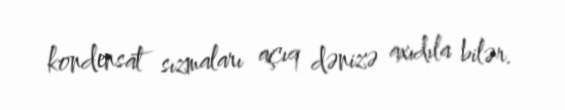
kondensat sızmaları açıq dənizə axıdıla bilər.